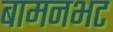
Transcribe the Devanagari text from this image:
बामनभट